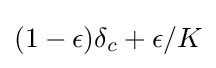
(1-\epsilon )\delta _{c}+\epsilon /K